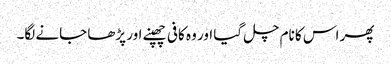
پھر اس کا نام چل گیا اور وہ کافی چھپنے اور پڑھا جانے لگا۔